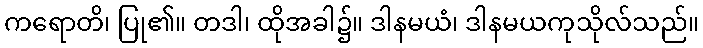
ကရောတိ၊ ပြု၏။ တဒါ၊ ထိုအခါ၌။ ဒါနမယံ၊ ဒါနမယကုသိုလ်သည်။